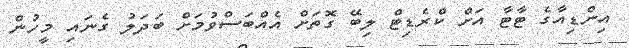
އިންޑިއާގެ ޓާޓާ އަށް ކްރެޑިޓް ލިބޭ ގޮތަށް އެއްބަސްވުމަށް ބަދަލު ގެނައި މީހުން